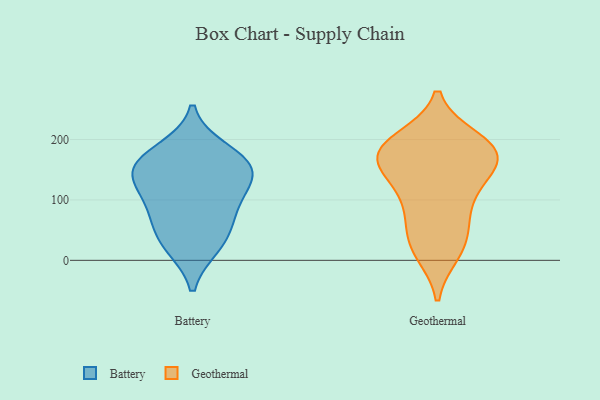
{"axis": {"x": "Revenue (USD Million)", "y": "Value"}, "legend": ["Battery", "Geothermal"], "data": [{"x": "", "y": 161, "type": "Battery"}, {"x": "", "y": 114, "type": "Battery"}, {"x": "", "y": 182, "type": "Battery"}, {"x": "", "y": 70, "type": "Battery"}, {"x": "", "y": 157, "type": "Battery"}, {"x": "", "y": 149, "type": "Battery"}, {"x": "", "y": 32, "type": "Battery"}, {"x": "", "y": 24, "type": "Battery"}, {"x": "", "y": 135, "type": "Battery"}, {"x": "", "y": 85, "type": "Battery"}, {"x": "", "y": 77, "type": "Geothermal"}, {"x": "", "y": 176, "type": "Geothermal"}, {"x": "", "y": 183, "type": "Geothermal"}, {"x": "", "y": 162, "type": "Geothermal"}, {"x": "", "y": 14, "type": "Geothermal"}, {"x": "", "y": 27, "type": "Geothermal"}, {"x": "", "y": 80, "type": "Geothermal"}, {"x": "", "y": 29, "type": "Geothermal"}, {"x": "", "y": 129, "type": "Geothermal"}, {"x": "", "y": 155, "type": "Geothermal"}, {"x": "", "y": 183, "type": "Geothermal"}, {"x": "", "y": 193, "type": "Geothermal"}, {"x": "", "y": 173, "type": "Geothermal"}, {"x": "", "y": 199, "type": "Geothermal"}, {"x": "", "y": 117, "type": "Geothermal"}]}